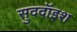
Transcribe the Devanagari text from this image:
सुददॉइश